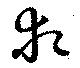
犯